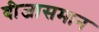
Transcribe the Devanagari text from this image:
बीजासमान